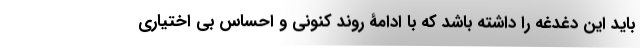
باید این دغدغه را داشته باشد که با ادامۀ روند کنونی و احساس بی اختیاری